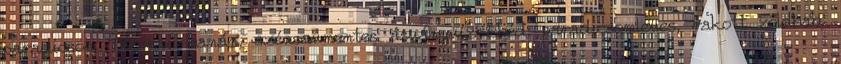
paradicsom Tízórai: banán, szénsavmentes ásványvíz Ebéd: paradicsomleves, rakott zöldbab,